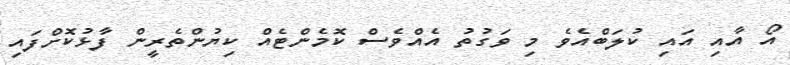
އޯ އާއި އައި ކުލަބްއެވެ މި ވަގުތު އެއްވެސް ކޮމެންޓެއް ކިޔުންތެރީން ފާޅުކޮށްފައި